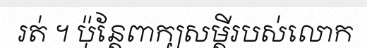
រត់ ។ ប៉ុន្តែពាក្យសម្តីរបស់លោក